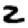
Digit: 2